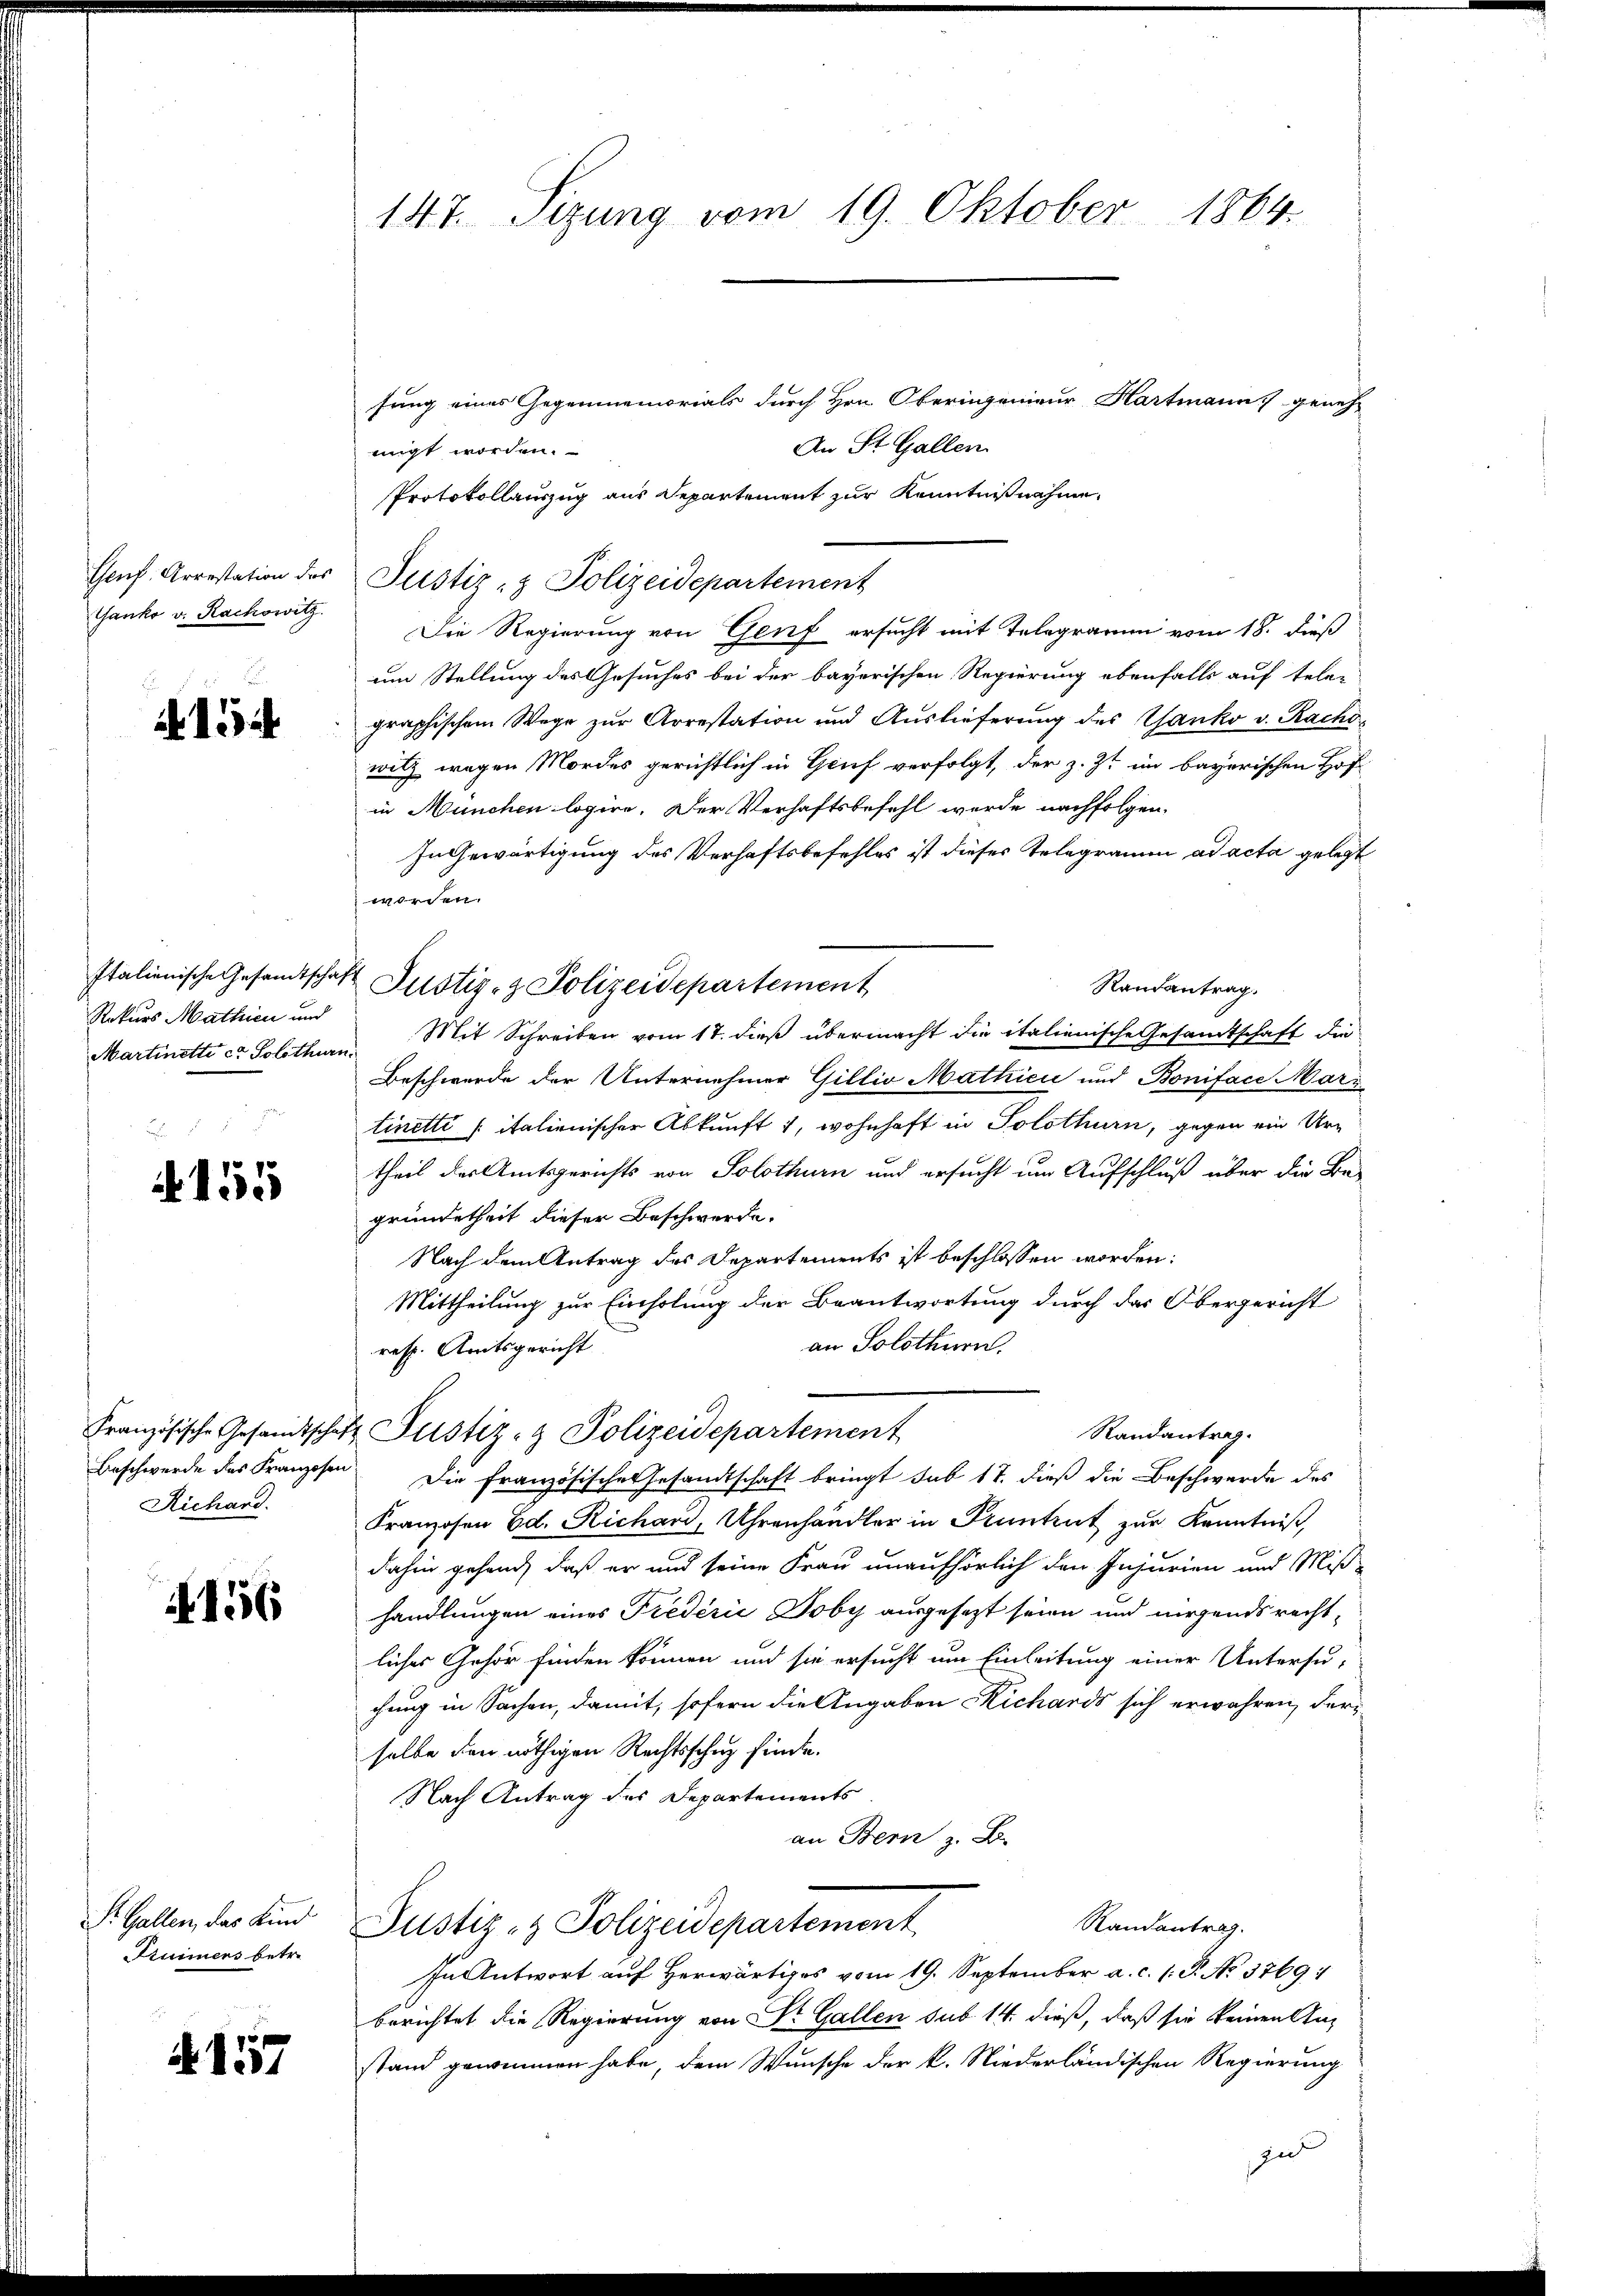
Genf, Arrestation des
Ganko v. Rachowitz.

.
A 154

Rekurs Mathien und

155

Französische Gesandtschaf
Beschwerde des Franzosen
Richard.

16

S. Gallen, das Kind
Ptuimers betre

N 1557

147. Sizung vom 19. Oktober 1864.

fung eines Gegenmemorials durch Hrn. Oberingenieur Hartmanns geneh-
An St. Gallen
migt worden.
Protokollauszug aus Departement zur Kenntnißnahme
Justiz- & Polizeidepartement
Die Regierung von Genf ersucht mit Telegramm vom 18. dieß
um Stellung des Gesuches bei der bayerischen Regierung ebenfalls auf tele-
graphischem Wege zur Arrestation und Auslieferung des Ganko v. Racho
will wegen Mordes gerichtlich in Gruf verfolgt, der z. Zt. im bayerischen Hof
in München logire. Der Verhaftsbefehl werde nachfolgen.
In Gewärtigung des Verhaftsbefehles ist dieses Telegramm ad acta gelegt
worden.
Randantrag.
Martinetti co Polithern. Mit Schreiben vom 17. dieß übermacht die italienische Gesandtschaft die
Beschwerde der Unternehmer Gillio Mathici und Boniface Mari
tinetti (italienischer Abkunft 1, wohnhaft in Solothurn, gegen ein Urtheil das Amtsgerichts von Solothurn und ersucht um Aufschluß über die Be-
gründetheit dieser Beschwerde.
Nach dem Antrag des Departements ist beschlossen worden:
Mittheilung zur Einholung der Beantwortung durch das Obergericht
an Solothurn.
resp. Amtsgericht
 Justiz- & Polizeidepartement
Randantrag.
 Die französisches Gesandtschaft bringt sub 17. dieß die Beschwerde des
Franzosen Ed. Richari, Uhrenhandler in Pruntrut zur Kenntniß,
dahin gehend, daß er und seine Frau unaufhörlich den Injurien und Miß-
handlungen eines Fredérić Doby ausgesezt seien und nirgends rechtliches Gehör finden können und sie ersucht um Einleitung einer Untersu-
chung in Sachen, damit, sofern die Angaben Richards sich erwahren, derselbe den nöthigen Rechtsschuz finde.
Nach Antrag des Departements
an Bern z. B.
Randantrag.
Justiz- & Polizeidepartement
In Antwort auf Herwärtiges vom 19. September a. c. 1. P. No. 3769:
berichtet die Regierung von Sr. Gallen sub 14. dieß, daß sie keinen Anstand genommen habe, dem Wunsche der k. Niederländischen Regierung

Italienische Gesandtschaft Justiz- & Polizeidepartement

e